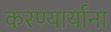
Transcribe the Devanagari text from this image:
करण्यार्यांना